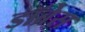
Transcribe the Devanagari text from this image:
डॉब्रेस